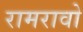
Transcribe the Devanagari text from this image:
रामरावो